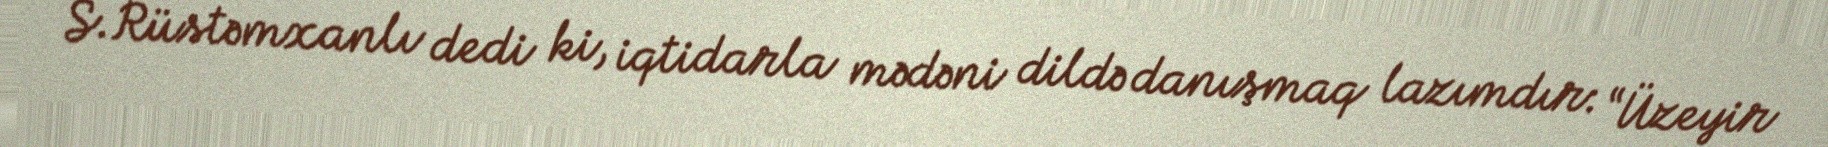
S.Rüstəmxanlı dedi ki, iqtidarla mədəni dildə danışmaq lazımdır: “Üzeyir